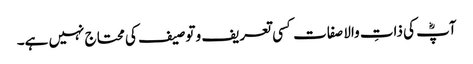
آپؓ کی ذاتِ والا صفات کسی تعریف و توصیف کی محتاج نہیں ہے۔